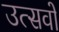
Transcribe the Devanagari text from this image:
उत्‍सवों